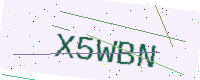
Text: X5WBN